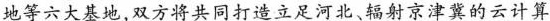
地等六大基地，双方将共同打造立足河北、辐射京津冀的云计算